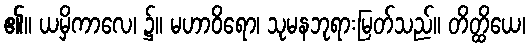
၏။ ယမှိကာလေ၊ ၌။ မဟာဝိရော၊ သုမနဘုရားမြတ်သည်။ တိတ္ထိယေ၊